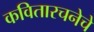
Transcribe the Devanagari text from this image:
कवितारचनेचे